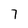
Character: 7